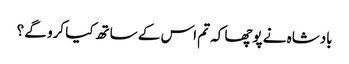
بادشاہ نے پوچھا کہ تم اس کے ساتھ کیا کرو گے ؟